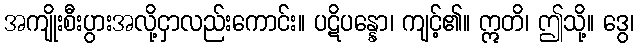
အကျိုးစီးပွားအလို့ငှာလည်းကောင်း။ ပဋိပန္နော၊ ကျင့်၏။ ဣတိ၊ ဤသို့။ ဒွေ၊